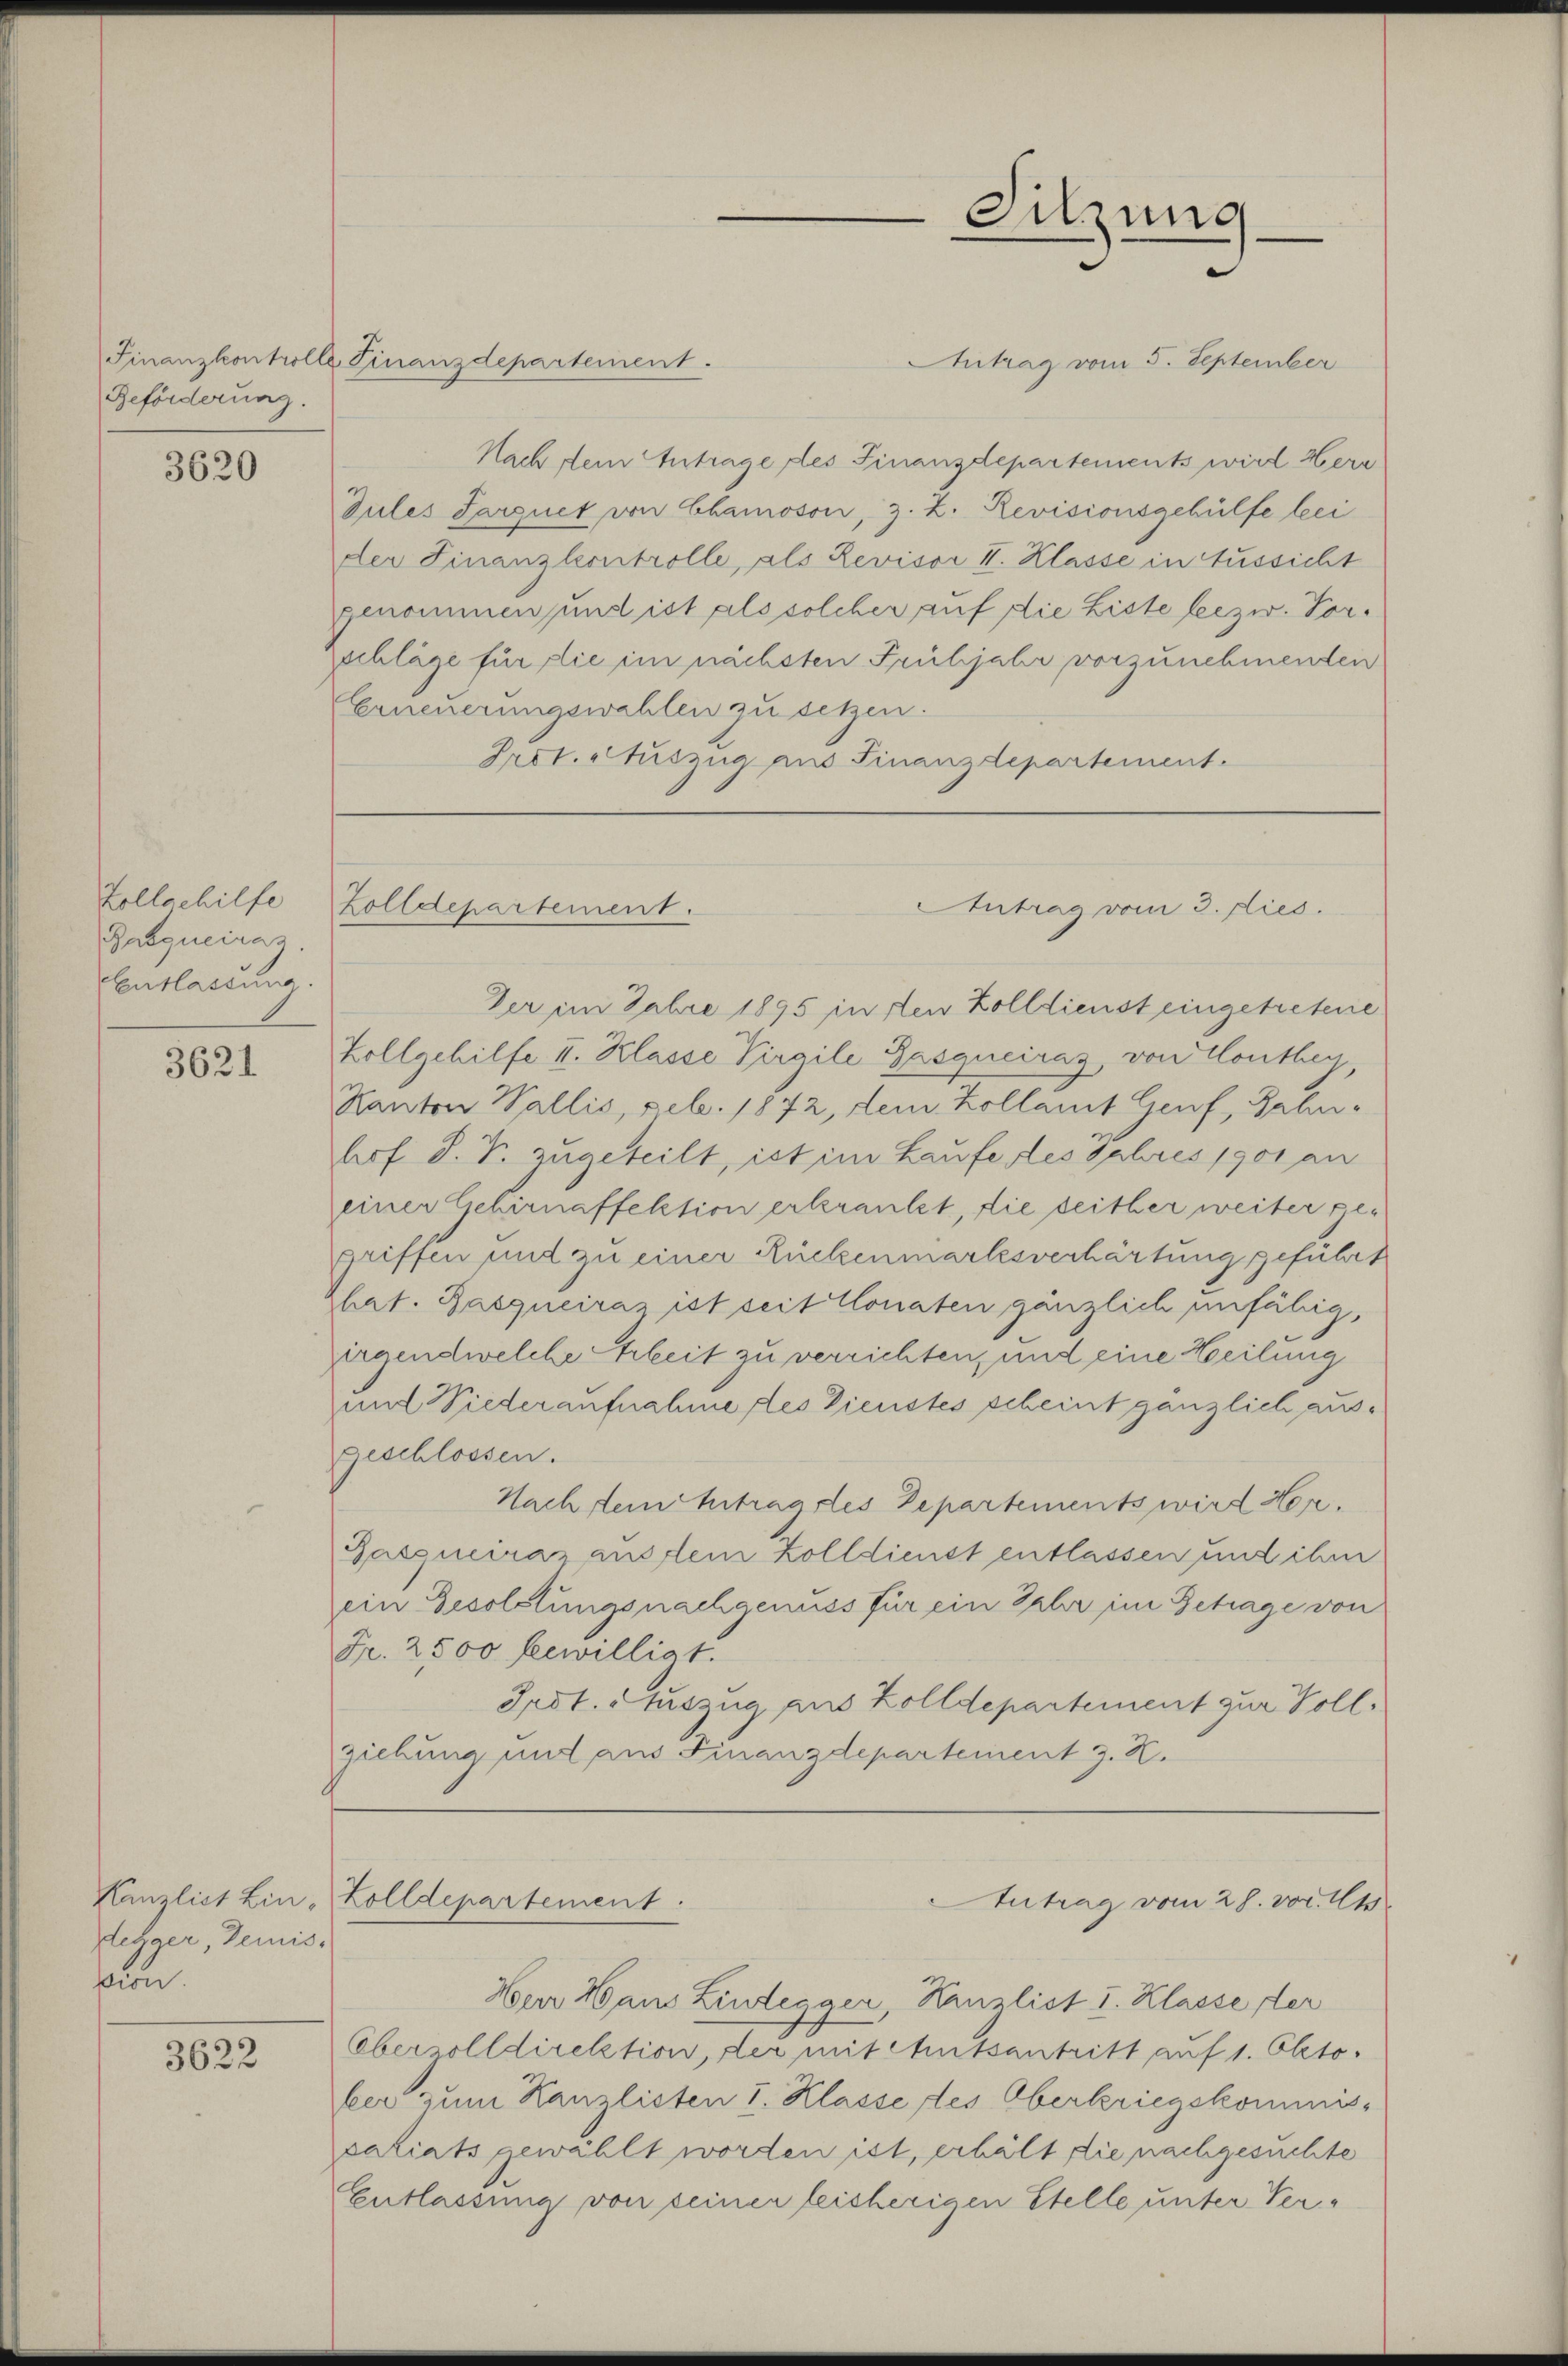
Beförderung.

3620

Zollschilfe
Pasquciraz.
Entlassung

3621

tezger, Demisßion

3622

Antrag vom 5. September
Nach dem Antrage des Finanzdepartements wird Herr
Gules Sarguet von Chamoson, z. Z. Revisionsgehülfe bei
der Finanzleontrolle, als Revisor I. Klasse in Aussicht
genommen und ist als solcher auf die Liste leezw. Vorzschläge für die im nächsten Frühjahr vorzunehmenden
Erneuerungswahlen zu setzen.
Prot. Auszug aus Finanzdepartement.

Finanzkontrolle Finanzdepartement.

Zolldepartement.

Kanzlist Lin-Zolldepartement.

Sitzung
e

Antrag vom 3. dies.

Antrag vom 28. vor. Mts.

Herr Hans Lindegger, Kanzlist I. Klasse der
Oberolldirektion, der mit Chutsantritt auf 1. Okto
ber zum Kanzlisten I. Klasse des Oberkriegskommnissariats gewählt worden ist, erhält die nachgesuchte
Entlassung von seiner leisherigen Stelle unter Ver¬

Der im Febre 1895 in den Zolldienst eingetretene
Zollgehilfe II. Klasse Virgile Pasquciraz, von Conthey,
Kanton Wallis, Feb. 1872, dem Kollamt Genf, Bahn-
hof. S. S. zugeteilt, ist im Laufe des sehres 1901 an
einer Gehirnaffektion erkrankt, die seither weiter ge¬
Griffen und zu einer Rückenmarksverhärtung geführt
rhat. Basqueiraz ist seit Monaten gänzlich unfähig,
irgendwelche hheit zu verrichten, und eine Heilung
und Niederaufnahme des Dienstes scheint gänzlich ausgeschlossen.
Nachtein betragstes Departements wird Her¬
Pasquciraz aus dem Zolldienst entlassen und ihm
ein Besolstungsnachgenuss für ein Jahr im Betrage von
Fr. 2500 bewilligt.
Indt. Auszug aus Zolldepartement zur Vollgiebung mit aus Finanzdepartement z. K.